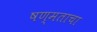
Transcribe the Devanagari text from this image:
षण्मताचा